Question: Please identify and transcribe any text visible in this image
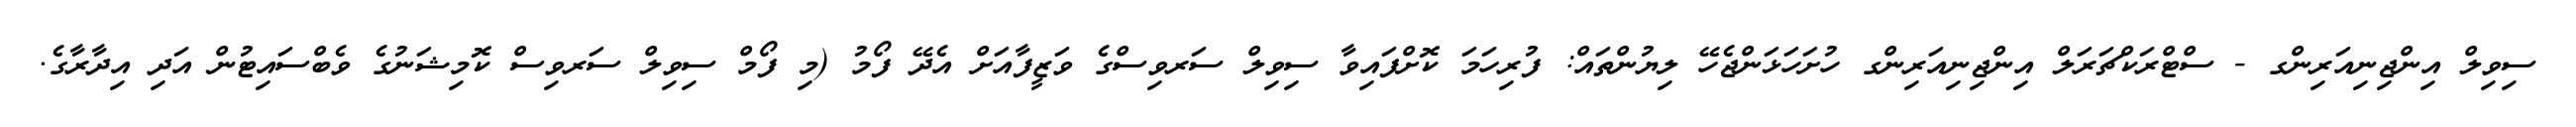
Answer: ސިވިލް އިންޖިނިއަރިންގ - ސްޓްރަކްޗަރަލް އިންޖިނިއަރިންގ ހުށަހަޅަންޖެހޭ ލިޔުންތައް: ފުރިހަމަ ކޮށްފައިވާ ސިވިލް ސަރވިސްގެ ވަޒީފާއަށް އެދޭ ފޯމު (މި ފޯމް ސިވިލް ސަރވިސް ކޮމިޝަނުގެ ވެބްސައިޓުން އަދި އިދާރާގެ.